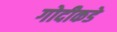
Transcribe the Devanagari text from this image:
गोदीकडे